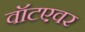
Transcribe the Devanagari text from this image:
वॉटएवर